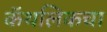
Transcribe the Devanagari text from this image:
कॅथलिकचा